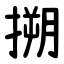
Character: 搠